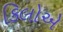
કિલોએ